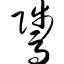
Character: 骘